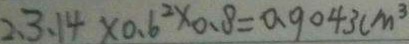
2 . 3 . 1 4 \times 0 . 6 ^ { 2 } \times 0 . 8 = 0 . 9 0 4 3 c m ^ { 3 }